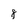
Character: 8